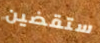
ستقضين